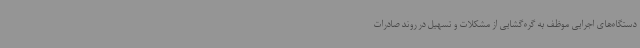
دستگاه‌های اجرایی موظف به گره‌گشایی از مشکلات و تسهیل در روند صادرات